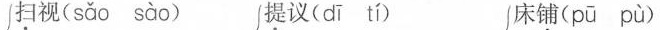
扫视( sǎo sào ) 提议( dī tí ) 床铺( pū pù )